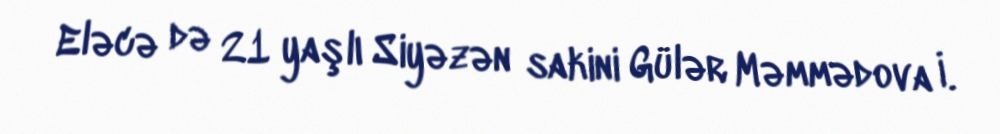
Eləcə də 21 yaşlı Siyəzən sakini Gülər Məmmədova İ.